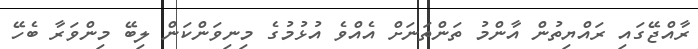
ރާއްޖޭގައި ރައްޔިތުން އާންމު ތަންތަނަށް އެއްވެ އުޅުމުގެ މިނިވަންކަން ލިބޭ މިންވަރާ ބެހޭ